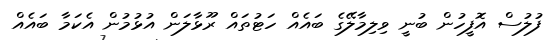
ފުލުސް އޮފީހުން ބުނީ ވިލިމާލޭގެ ބައެއް ހަޓުތައް ރޫޅާލަން އުޅުމުން އެކަމާ ބައެއް